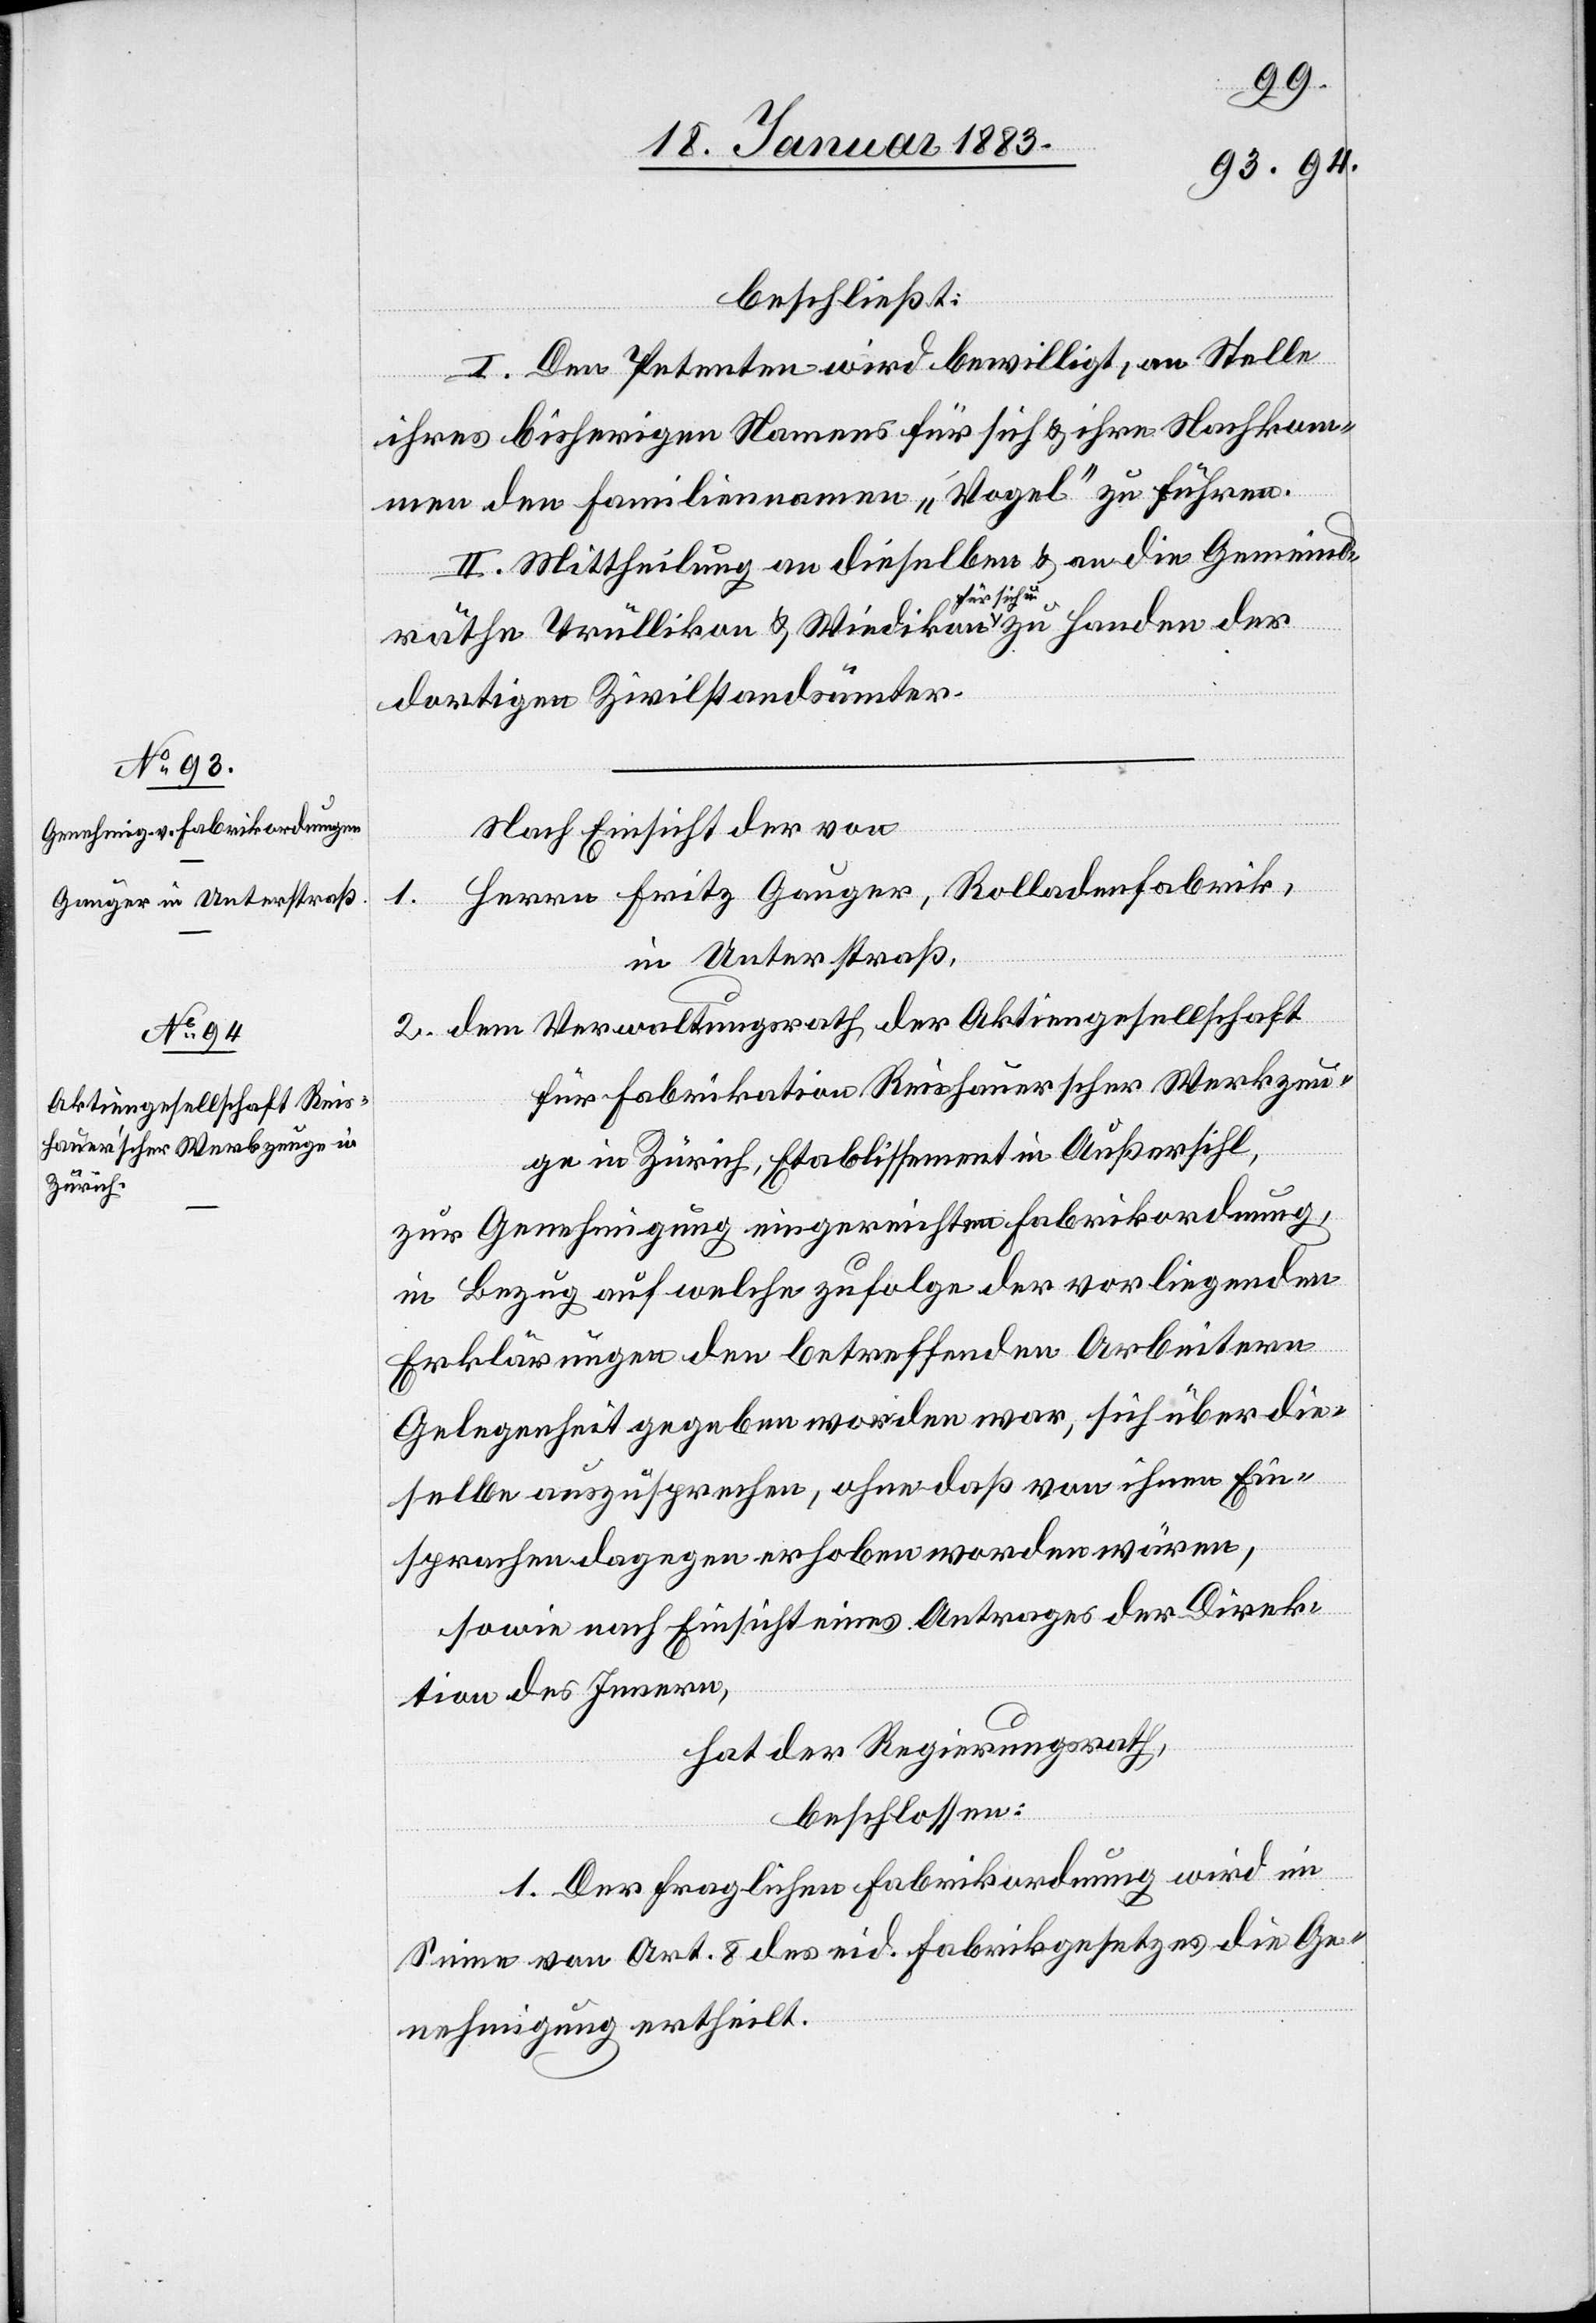
beschließt:
I. Den Petenten wird bewilligt, an Stelle
ihres bisherigen Namens für sich & ihre Nachkom¬
men den Familiennamen „Vogel“ zu führen.
II. Mittheilung an dieselben & an die Gemeind¬
räthe Trüllikon & Wiedikon für sich u. zu Handen der
dortigen Zivilstandsämter.
Nach Einsicht der von
Herrn Fritz Gauger, Rolladenfabrik,
1.
in Unterstraß,
2. dem Verwaltungsrath der Aktiengesellschaft
für Fabrikation Reishauerscher Werkzeu¬
ge in Zürich, Etablissement in Außersihl,
zur Genehmigung eingereichten Fabrikordnung,
in Bezug auf welche zufolge der vorliegenden
Erklärungen den betreffenden Arbeitern
Gelegenheit gegeben worden war, sich über die¬
selbe auszusprechen, ohne daß von ihnen Ein¬
sprachen dagegen erhoben worden wären,
sowie nach Einsicht eines Antrages der Direk¬
tion des Innern,
hat der Regierungsrath,
beschlossen:
I. Der fraglichen Fabrikordnung wird im
Sinne von Art. 8 des eid. Fabrikgesetzes die Ge¬
nehmigung ertheilt.